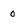
Character: 0